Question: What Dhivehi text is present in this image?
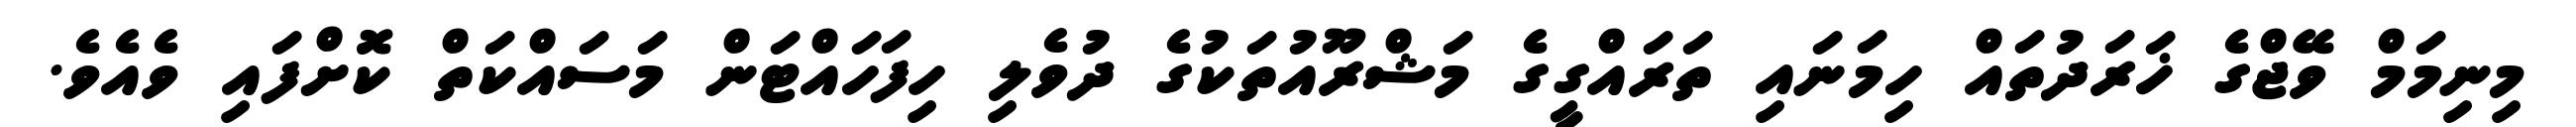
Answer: މިނިމަމް ވޭޖްގެ ޚަރަދުތައް ހިމަނައި ތަރައްގީގެ މަޝްރޫއުތަކުގެ ދުވެލި ހިފަހައްޓަން މަސައްކަތް ކޮށްފައި ވެއެވެ.